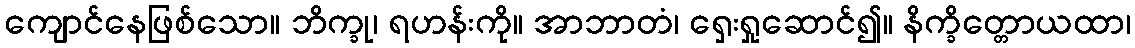
ကျောင်နေဖြစ်သော။ ဘိက္ခု၊ ရဟန်းကို။ အာဘာတံ၊ ရှေးရှုဆောင်၍။ နိက္ခိတ္တောယထာ၊